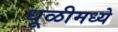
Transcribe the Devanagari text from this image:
धूळीमध्ये